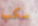
سكب